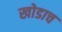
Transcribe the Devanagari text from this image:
खोडाच